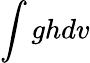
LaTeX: \int ghdv